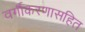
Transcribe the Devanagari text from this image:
वर्गीकरणासहित